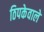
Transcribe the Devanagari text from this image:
ठिपकेवाले